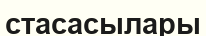
стасасылары